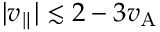
| v _ { \parallel } | \lesssim 2 - 3 v _ { \mathrm { A } }